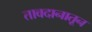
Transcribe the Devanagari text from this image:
तावदानातून